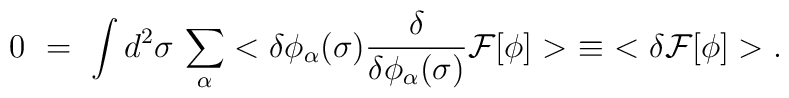
0\ =\ \int d^2\sigma\,\sum_\alpha < \delta\phi_\alpha(\sigma)\frac{\delta}{\delta \phi_\alpha(\sigma)} {\cal F}[\phi] >\ \equiv\ < \delta {\cal F}[\phi] >.